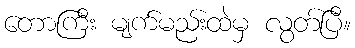
တောကြီး မျက်မည်းထဲမှ လွတ်ပြီ။